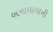
બનાવાયાની